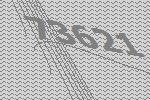
73621